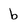
Character: b